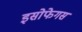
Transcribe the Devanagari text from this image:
इसोफेगस